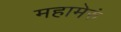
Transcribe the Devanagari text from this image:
महामेरुं